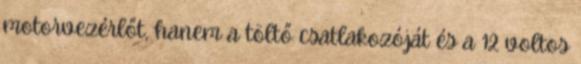
motorvezérlőt, hanem a töltő csatlakozóját és a 12 voltos